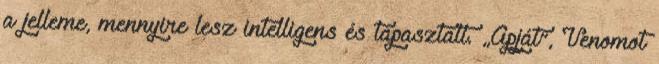
a jelleme, mennyire lesz intelligens és tapasztalt. „Apját”, Venomot